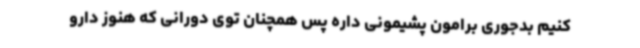
کنیم بدجوری برامون پشیمونی داره پس همچنان توی دورانی که هنوز دارو